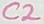
Text: C2